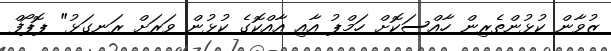
ޒުވާން ކުޅުންތެރިން ހާއްސަކޮށް ހަމްޕު އާއި އާއްކޮގެ ކުޅުން ވަރަށް ރަނގަޅު" ޕޮޕޯފް